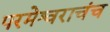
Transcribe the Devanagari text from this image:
परमेश्वराचंच